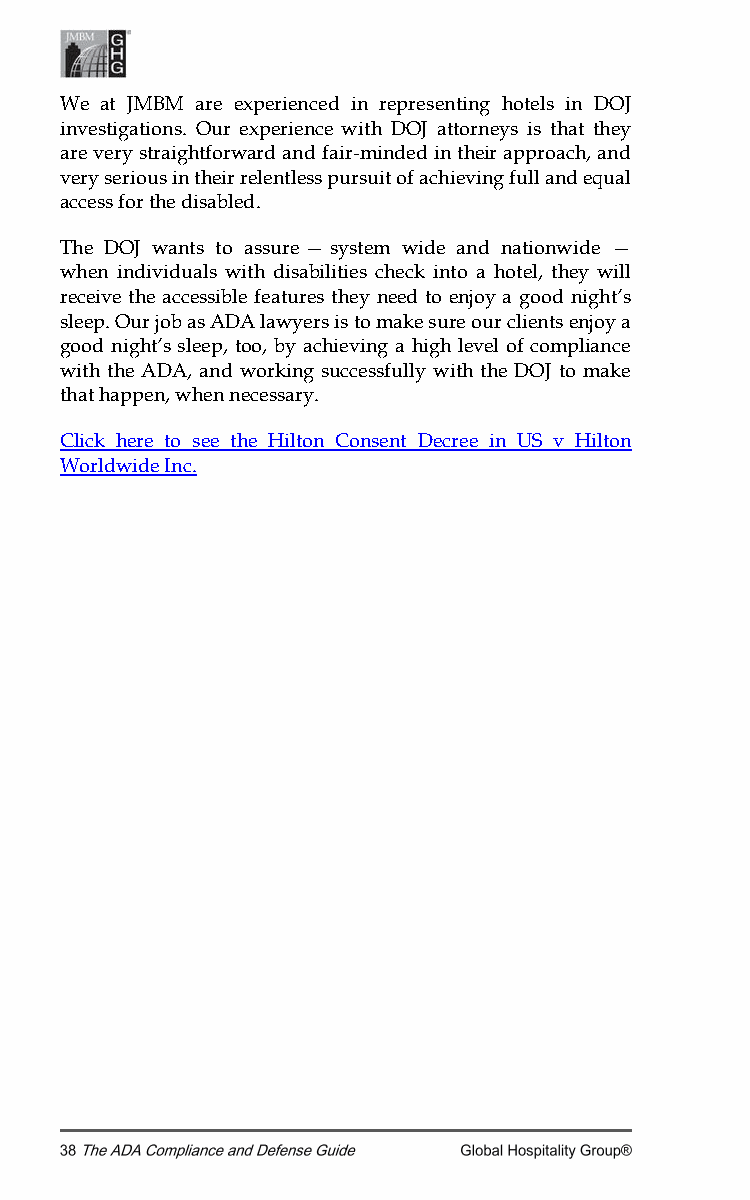
We at JMBM are experienced in representing hotels in DOJ
 investigations. Our experience with DOJ attorneys is that they
 are very straightforward and fair-minded in their approach, and
 very serious in their relentless pursuit of achieving full and equal
 access for the disabled.
 The DOJ wants to assure — system wide and nationwide —
 when individuals with disabilities check into a hotel, they will
 receive the accessible features they need to enjoy a good night’s
 sleep. Our job as ADA lawyers is to make sure our clients enjoy a
 good night’s sleep, too, by achieving a high level of compliance
 with the ADA, and working successfully with the DOJ to make
 that happen, when necessary.
 Click here to see the Hilton Consent Decree in US v Hilton
 Worldwide Inc.